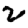
Digit: 2